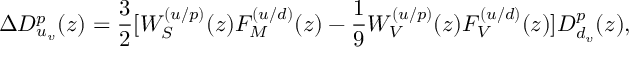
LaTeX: \Delta D _ { u _ { v } } ^ { p } ( z ) = \frac 3 2 [ W _ { S } ^ { ( u / p ) } ( z ) F _ { M } ^ { ( u / d ) } ( z ) - \frac { 1 } { 9 } W _ { V } ^ { ( u / p ) } ( z ) F _ { V } ^ { ( u / d ) } ( z ) ] D _ { d _ { v } } ^ { p } ( z ) ,